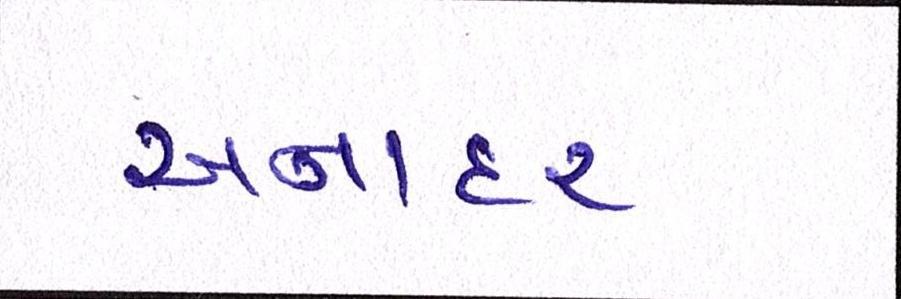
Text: અનાદર